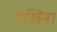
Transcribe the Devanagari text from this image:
दखिना